Annual vaccination report of Bihar and Orissa - 1911-1928
Year: 1911
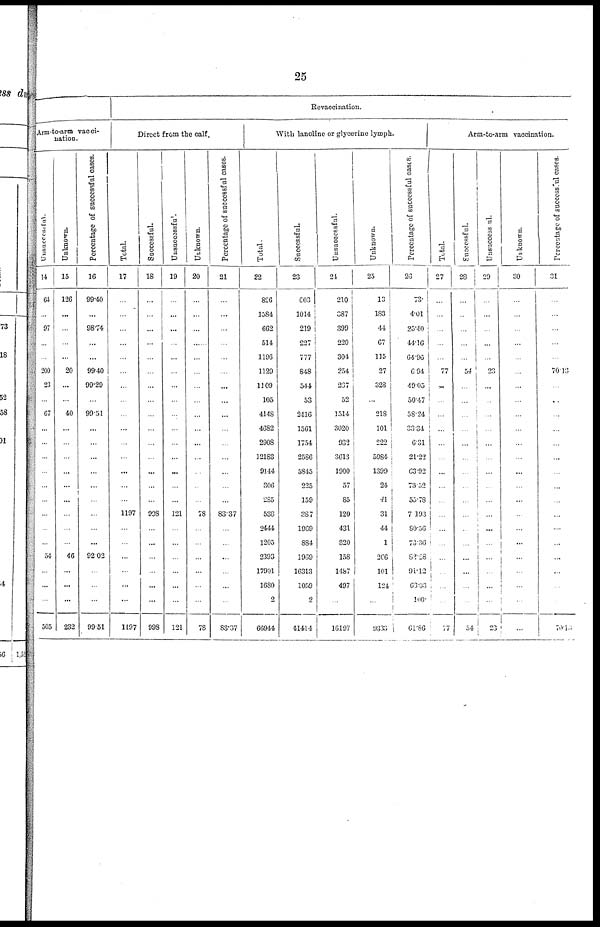
25
Arm-to-arm vacci-
nation.
Unsuccessful.
14
64
...
97
...
...
200
23
...
67
...
...
...
...
...
...
...
...
...
54
...
...
...
505
Unknown.
15
126
...
...
...
...
20
...
...
40
...
...
...
...
...
...
...
...
...
46
...
...
...
232
Percentage of successful cases.
16
99.40
...
98.74
...
...
99.40
99.29
...
99.51
...
...
...
...
...
...
...
...
...
92.02
...
...
...
99.51
Revaccination.
Direct from the calf.
Total.
17
...
...
...
...
...
...
...
...
...
...
...
...
...
...
...
1197
...
...
...
...
...
...
1197
Successful.
18
...
...
...
...
...
...
...
...
...
...
...
...
...
...
...
998
...
...
...
...
...
...
998
Unsuccessful.
19
...
...
...
...
...
...
...
...
...
...
...
...
...
...
...
121
...
...
...
...
...
...
121
Unknown.
20
...
...
...
...
...
...
...
...
...
...
...
...
...
...
...
78
...
...
...
...
...
...
78
Percentage of successful cases.
21
...
...
...
...
...
...
...
...
...
...
...
...
...
...
...
83.37
...
...
...
...
...
...
83.37
With lanoline or glycerine lymph.
Total.
22
826
1584
662
514
1196
1129
1109
105
4148
4682
2908
12183
9144
306
285
538
2444
1205
2393
17901
1680
2
66944
Successful.
23
603
1014
219
227
777
848
544
53
2416
1561
1754
2586
5845
225
159
387
1969
884
1969
16313
1059
2
41414
Unsuccessful.
21
210
387
399
220
304
254
237
52
1514
3020
932
3613
1900
57
85
120
431
320
158
1487
497
...
16197
Unknown.
25
13
183
44
67
115
27
328
...
218
101
222
5984
1399
24
41
31
44
1
266
101
124
...
9333
Percentage of successful cases.
26
73.
4.01
25.40
44.16
64.96
6.94
49.05
50.47
58.24
33.34
6.31
21.22
63.92
73.52
55.78
7.193
80.56
73.36
82.28
91.12
63.03
100.
61.86
Arm-to-arm vaccination.
Total.
27
...
...
...
...
...
77
...
...
...
...
...
...
...
...
...
...
...
...
...
...
...
...
77
Successful.
28
...
...
...
...
...
54
...
...
...
...
...
...
...
...
...
...
...
...
...
...
...
...
54
Unsuccessful.
29
...
...
...
...
...
23
...
...
...
...
...
...
...
...
...
...
...
...
...
...
...
...
23
Un-known.
30
...
...
...
...
...
...
...
...
...
...
...
...
...
...
...
...
...
...
...
...
...
...
...
Percentage of successful cases.
31
...
...
...
...
...
70.13
...
...
...
...
...
...
...
...
...
...
...
...
...
...
...
...
70.12